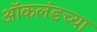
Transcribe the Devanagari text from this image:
ऑकलंडच्या